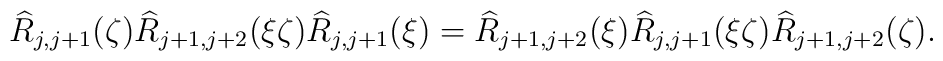
\widehat{R}_{j,j+1}(\zeta)\widehat{R}_{j+1,j+2}(\xi\zeta)  \widehat{R}_{j,j+1}(\xi) =  \widehat{R}_{j+1,j+2}(\xi)\widehat{R}_{j,j+1}(\xi\zeta)  \widehat{R}_{j+1,j+2}(\zeta).